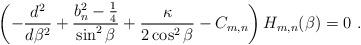
LaTeX: \begin{align*}\left( -\frac{d^{2}}{d\beta ^{2}}+\frac{b_{n}^{2}-\frac{1}{4}}{\sin^{2}\beta }+\frac{\kappa}{2 \cos ^2\beta} -C_{m,n}\right) H_{m,n} (\beta )=0 \ . \end{align*}